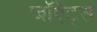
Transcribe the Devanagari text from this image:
जॉएँट्स